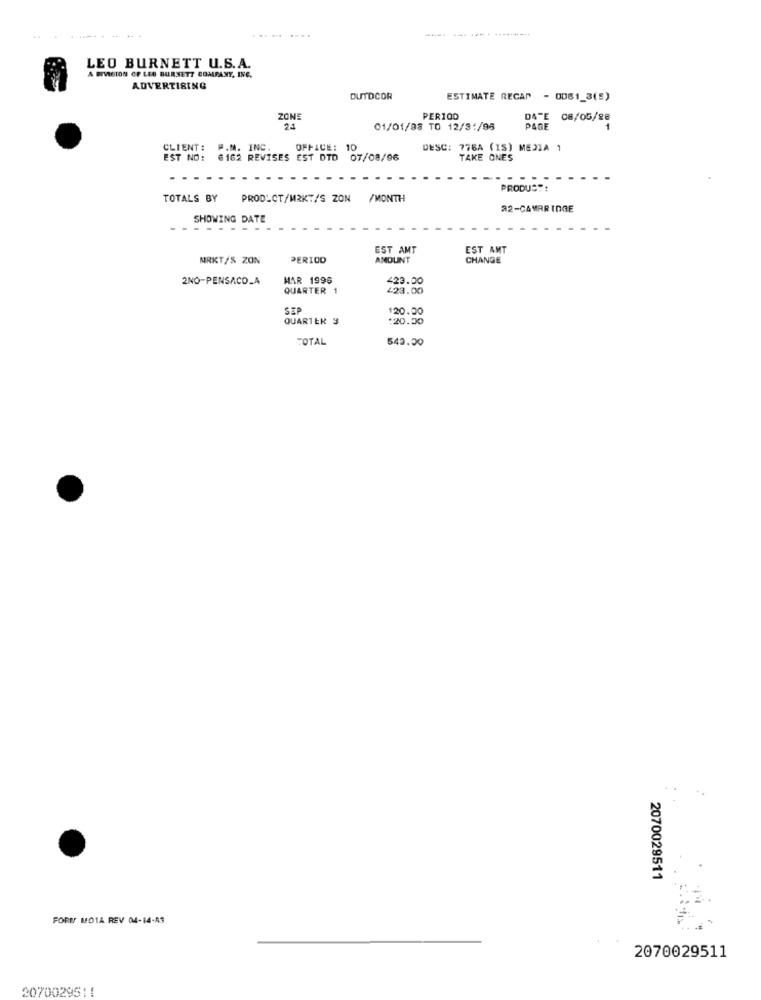
... ... ... .
LEO BURNETT U.S.A.
A DIVISION OF LEO BURNETT COMPANY, INC.
ADVERTISING
DUTDCOR
ESTIMATE RECAP - 0061_3(E)
ZONE
PERIOD
DATE 08/05/88
24
01/01/98 TO 12/3:/95
PAGE
CLIENT:
P.M. INC
OFFICE: 10
DESC: 776A (15) MEDIA 1
EST NO:
6162 REVISES EST DTD 07/08/96
TAKE ONES
PRODUCT:
TOTALS BY
PRODLCT/MRKT/S ZON
/MONTH
22-CAMARINGE
SHOWING DATE
EST AMT
EST AMT
MRKT/S ZON
PERIOD
ANDLINT
CHANGE
2NO-PENSACOLA
HAR 1996
423.00
QUARTER 1
423.00
SEP
120.00
QUARTER 3
:20.30
TOTAL
543.00
2070029511
FORES MO1A REV 04-14-A3
2070029511
2070029511